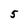
Character: 5